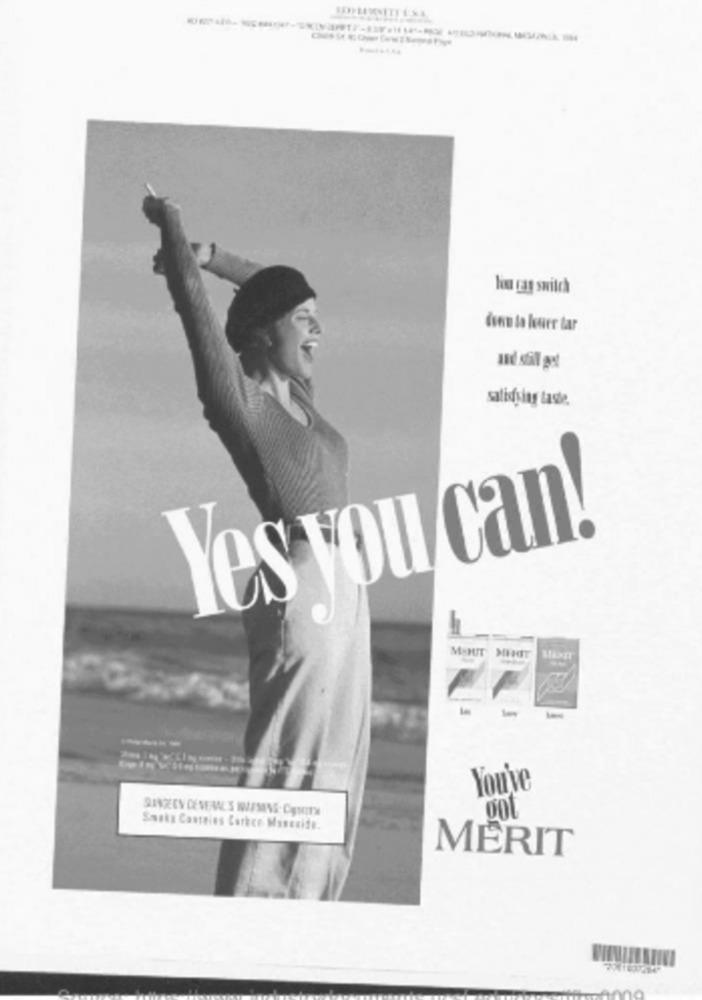
lio cas switch
dans la louer tar
satisfying taste.
Yes you can!
M-HIT MEIT
You've
Smaks Contains Carken Maseside.
MERIT